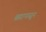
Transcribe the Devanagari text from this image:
ब्रह्मापासून